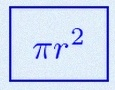
\pi r^2